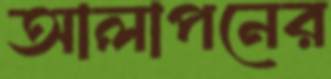
আলাপনের